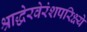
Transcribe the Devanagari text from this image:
श्राद्धेरवेरंशपरिक्ष्ये